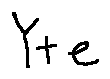
Y + e